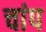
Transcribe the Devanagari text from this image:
चांप